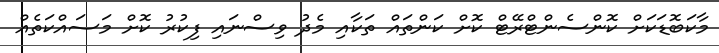
މާކަބޮޑަކަށް ކޮންސެންޓްރޭޓް ކޮށް ކަންތައް ތަކާއި މެދު ވިސްނައި ފިކުރު ކޮށް މަސައްކަތެއް